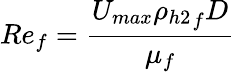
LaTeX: Re_{f}=\frac{U_{max}{\rho_{h2}}_{f}D}{\mu_{f}}